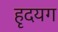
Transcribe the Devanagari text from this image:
हृदयग